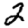
Digit: 2